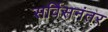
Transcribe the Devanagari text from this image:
सर्विसनंतर